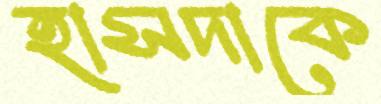
হাসদাকে